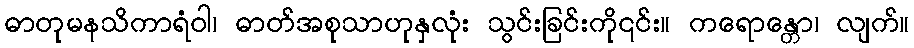
ဓာတုမနသိကာရံဝါ၊ ဓာတ်အစုသာဟုနှလုံး သွင်းခြင်းကို၎င်း။ ကရောန္တော၊ လျက်။